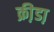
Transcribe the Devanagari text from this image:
क्री़डा़